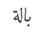
بالة